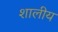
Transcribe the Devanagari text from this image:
शालीय